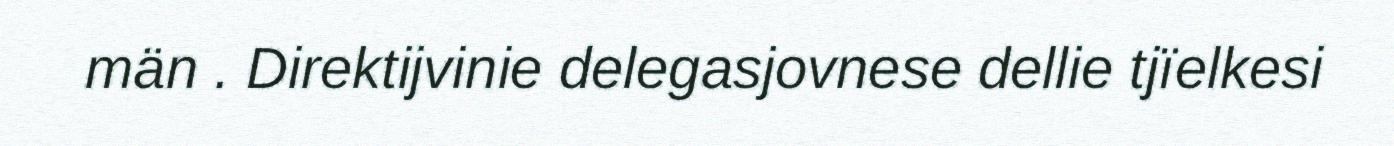
män . Direktijvinie delegasjovnese dellie tjïelkesi